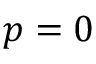
p = 0